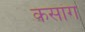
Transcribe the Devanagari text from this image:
कसांग